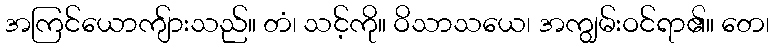
အကြင်ယောကျ်ားသည်။ တံ၊ သင့်ကို။ ဝိသာသယေ၊ အကျွမ်းဝင်ရာ၏။ တေ၊